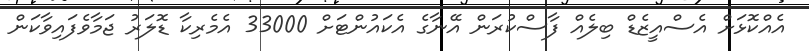
އެއްކޮޅަށް އެސްއީޒެޑް ބިލެއް ފާސްކުރަން އޭނާގެ އެކައުންޓަށް 33000 އެމެރިކާ ޑޮލަރު ޖަމާވެފައިވާކަން